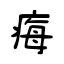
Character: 痗